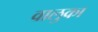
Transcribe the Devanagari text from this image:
वालुका